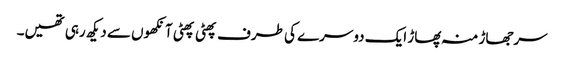
سرجھاڑ منہ پھاڑ ایک دوسرے کی طرف پھٹی پھٹی آنکھوں سے دیکھ رہی تھیں۔